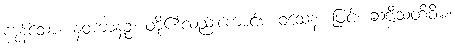
ကုန်သော။ နဝကာနဉ္စ၊ တို့၏လည်းကောင်း။ ဝသေန၊ ဖြင့်။ ဆဗ္ဗီသတိဝိဓံ၊